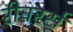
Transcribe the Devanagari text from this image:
रीवरर्स